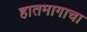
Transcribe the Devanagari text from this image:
हातमागाचा